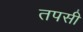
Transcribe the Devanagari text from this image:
तपसी